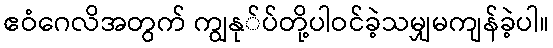
ဧဝံဂေလိအတွက် ကျွနု်ပ်တို့ပါဝင်ခဲ့သမျှမကျန်ခဲ့ပါ။